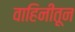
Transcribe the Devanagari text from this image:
वाहिनीतून